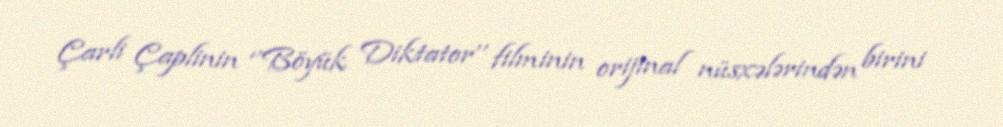
Çarli Çaplinin ‘’Böyük Diktator’’ filminin orijinal nüsxələrindən birini